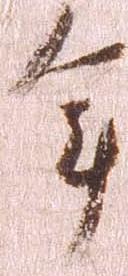
年